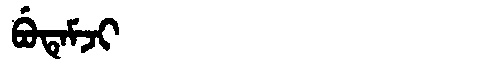
Manchu: ᠪᡠᡨᡝᠮᠵᡳ
Romanization: BUTEMJI